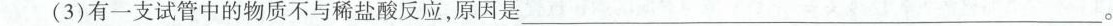
(3)有一支试管中的物质不与稀盐酸反应，原因是 ___。